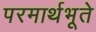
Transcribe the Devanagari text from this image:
परमार्थभूते